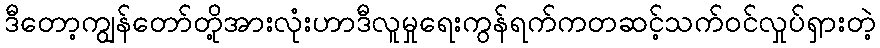
ဒီတော့ကျွန်တော်တို့အားလုံးဟာဒီလူမှုရေးကွန်ရက်ကတဆင့်သက်ဝင်လှုပ်ရှားတဲ့